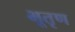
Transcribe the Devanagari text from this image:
भूतृण